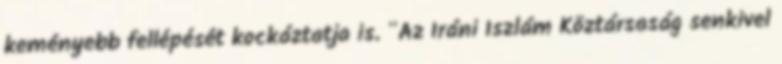
keményebb fellépését kockáztatja is. "Az Iráni Iszlám Köztársaság senkivel